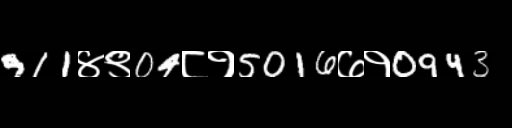
Text: 911४९04८१5016७१0943